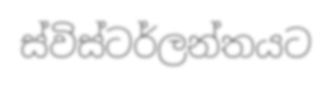
ස්විස්ටර්ලන්තයට